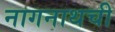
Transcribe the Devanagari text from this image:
नागनाथची